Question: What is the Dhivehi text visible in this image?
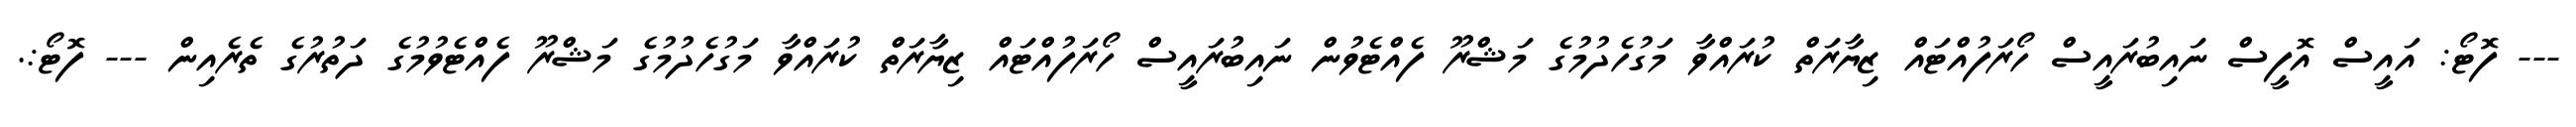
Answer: --- ފޮޓޯ: އައީސް އޮފީސް ނައިބުރައީސް ހޯރަފުއްޓައް ޒިޔާރަތް ކުރައްވާ މަގުހެދުމުގެ މަޝްރޫ ފެއްޓެވުން ނައިބުރައީސް ހޯރަފުއްޓައް ޒިޔާރަތް ކުރައްވާ މަގުހެދުމުގެ މަޝްރޫ ފެއްޓެވުމުގެ ދަތުރުގެ ތެރެއިން --- ފޮޓޯ:.